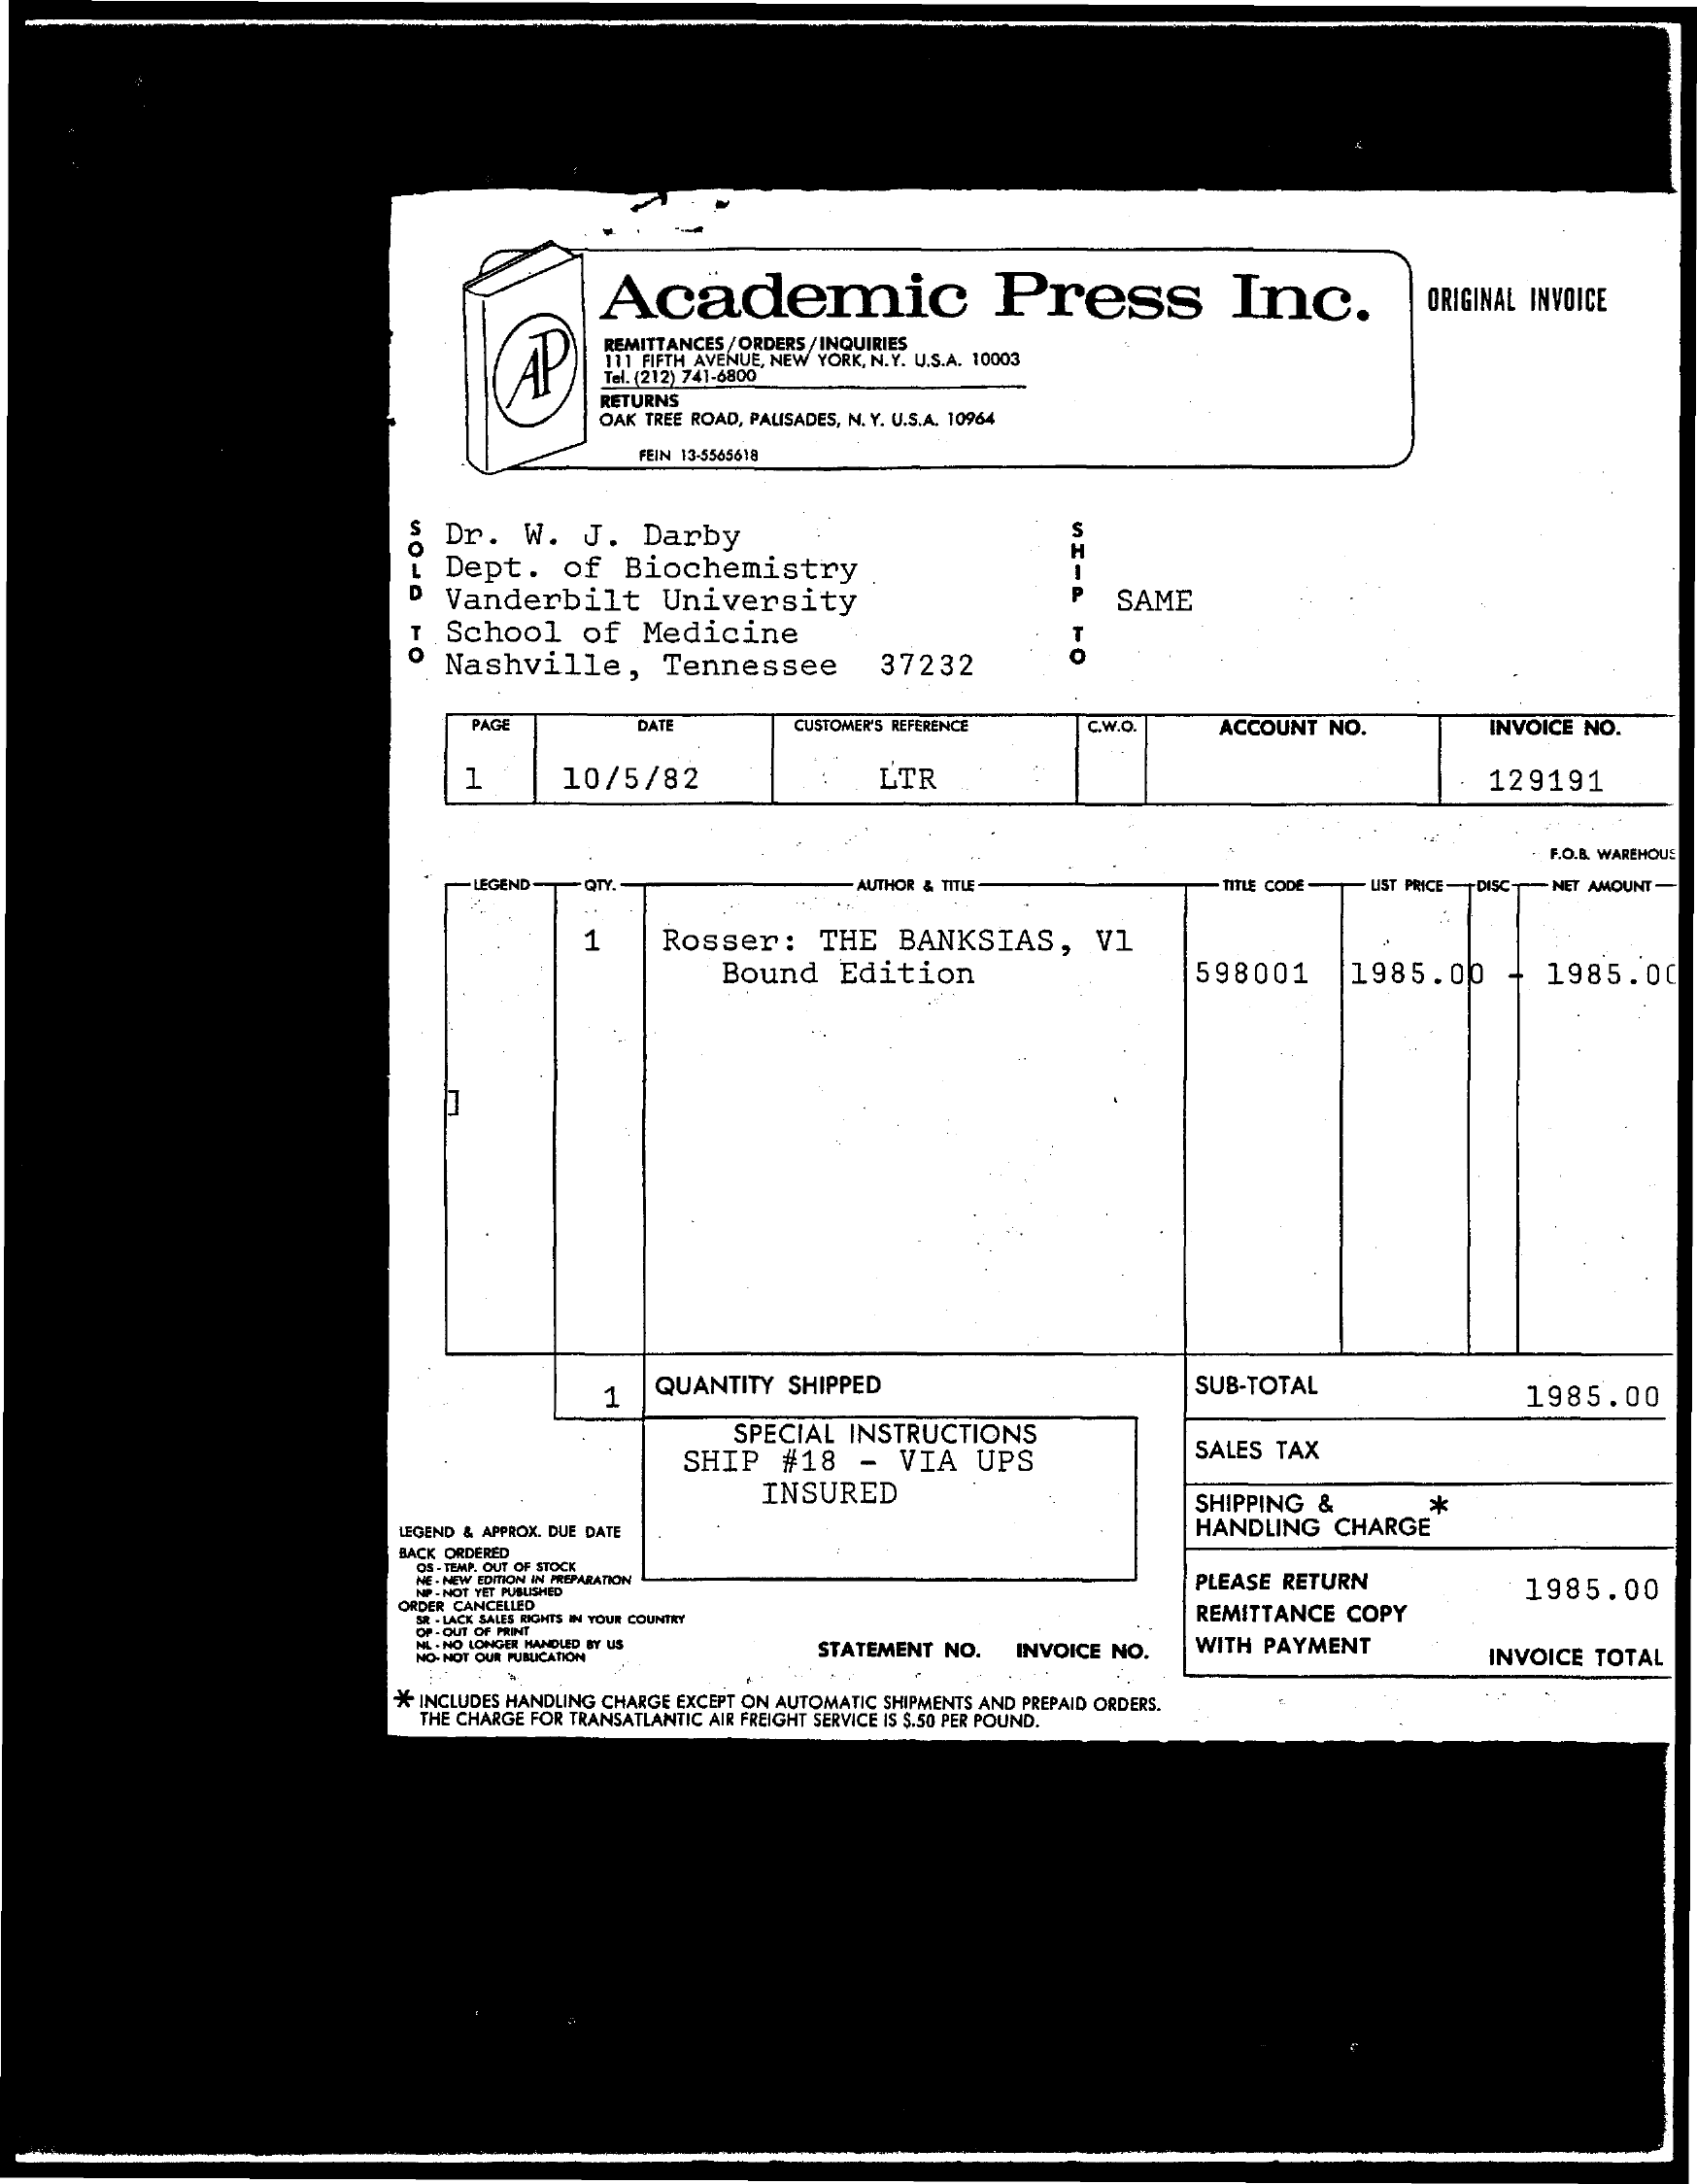
Academic    Press    Inc.    ORIGINAL INVOICE
     AP
     REMITTANCES / ORDERS / INQUIRIES
     111 FIFTH AVENUE, NEW YORK, N.Y. U.S.A. 10003
     Tel. (212) 741-6800
     RETURNS
     OAK TREE ROAD, PALISADES, N. Y. U.S.A. 10964
     FEIN 13-5565618
     &  Dr.   W.    J.   Darby
     Dept.    of   Biochemistry
     Vanderbilt    University    SAME
     T  School    of   Medicine
     Nashville,    Tennessee    37232
     PAGE    DATE    CUSTOMER'S REFERENCE    C.W.O    ACCOUNT  NO.    INVOICE NO.
     1    10/5/82    LTR    129191
     F.O.B. WAREHOU!
     LEGEND    AUTHOR & TITLE    TITLE CODE- - UST PRICE -DISCNET AMOUNT
     1    Rosser:    THE   BANKSIAS,    V1
     Bound    Edition    598001    |1985.00    1985.00
     QUANTITY   SHIPPED    SUB-TOTAL    1985.00
     SPECIAL  INSTRUCTIONS
     SHIP   #18    -   VIA   UPS    SALES  TAX
     INSURED    SHIPPING  &
     HANDLING    CHARGE
     *
     LIGEND & APPROX. DUE DATE
     BACK ORDERED
     OS . TEMP, OUT OF STOCK
     ME . NEW EDITION IN PREPARATION
     NP- NOT YET PUBLISHED
     PLEASE RETURN
     REMITTANCE   COPY
     1985.00
     ORDER CANCELLED
     SR - LACK SALES RIGHTS IN YOUR COUNTRY
     OF -OUT OF HIM
     MAL .NO LONGER HANDLED BY US
     HO-HOT QUE PUSUCATION
     STATEMENT  NO.   INVOICE NO.    WITH  PAYMENT    INVOICE  TOTAL
     * INCLUDES HANDLING CHARGE EXCEPT ON AUTOMATIC SHIPMENTS AND PREPAID ORDERS.
     THE CHARGE FOR TRANSATLANTIC AIR FREIGHT SERVICE IS S.50 PER POUND.